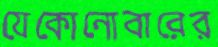
যেকোনোবারের